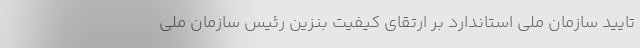
تایید سازمان ملی استاندارد بر ارتقای کیفیت بنزین رئیس سازمان ملی